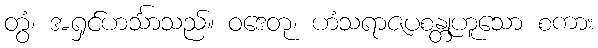
တွံ၊ အရှင်ဟင်္သာသည်။ ဝဒေတု၊ ဟံသရာဇပစန္တုဟူသော စကား